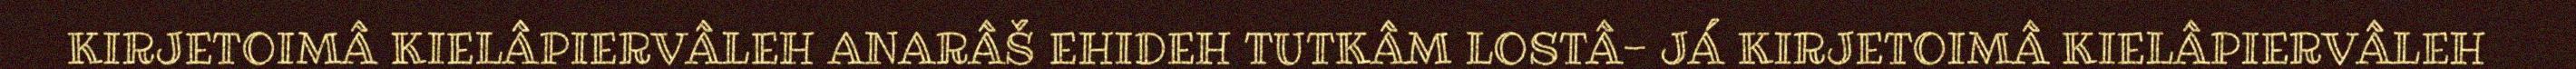
KIRJETOIMÂ KIELÂPIERVÂLEH ANARÂŠ EHIDEH TUTKÂM LOSTÂ- JÁ KIRJETOIMÂ KIELÂPIERVÂLEH